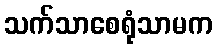
သက်သာစေရုံသာမက